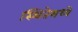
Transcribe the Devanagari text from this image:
स्थितेमध्ये